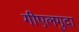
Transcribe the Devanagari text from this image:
गीएलगुदा